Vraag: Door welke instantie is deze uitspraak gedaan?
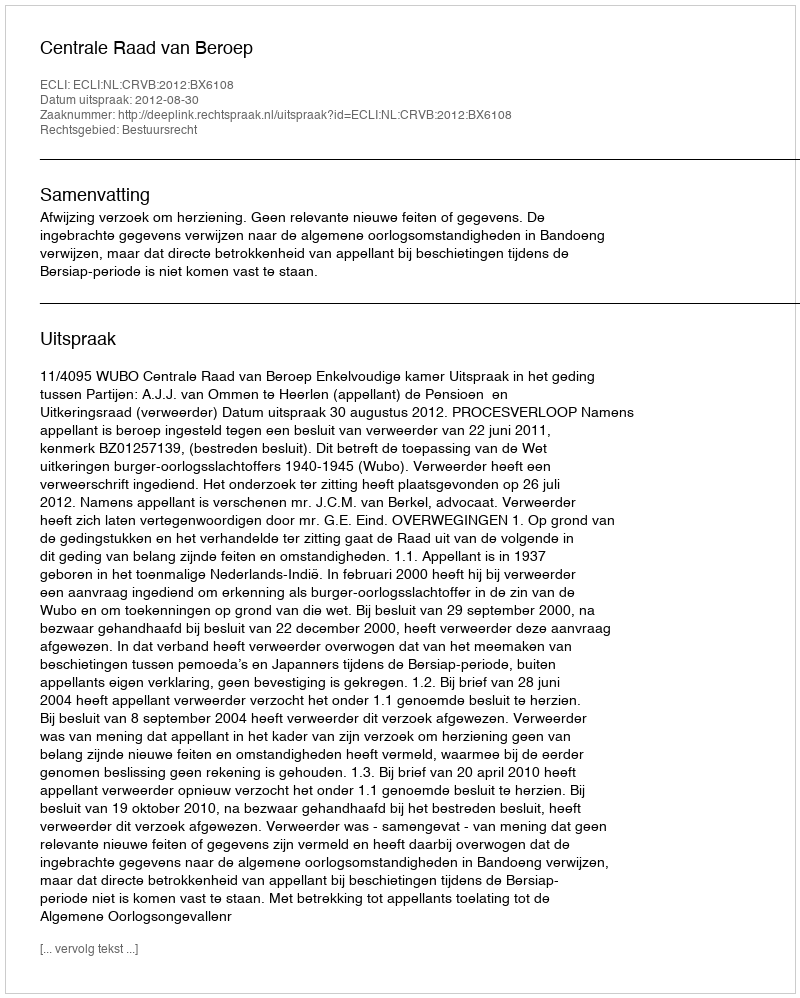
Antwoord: Centrale Raad van Beroep